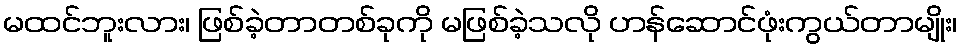
မထင်ဘူးလား၊ ဖြစ်ခဲ့တာတစ်ခုကို မဖြစ်ခဲ့သလို ဟန်ဆောင်ဖုံးကွယ်တာမျိုး၊